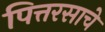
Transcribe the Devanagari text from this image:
पित्तरसाचे